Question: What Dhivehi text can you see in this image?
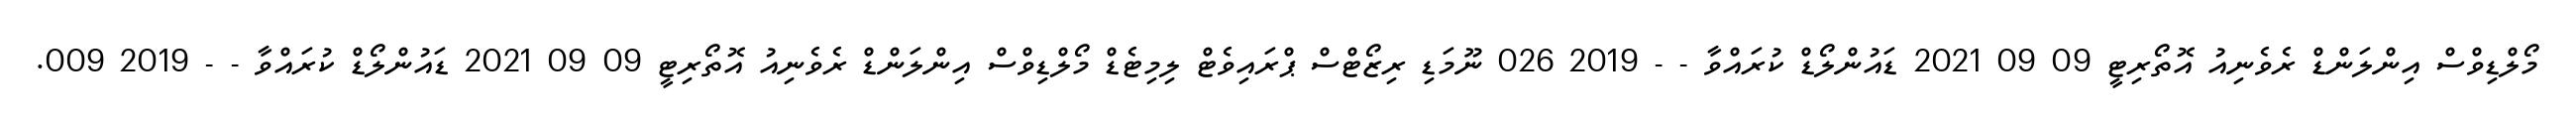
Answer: މޯލްޑިވްސް އިންލަންޑް ރެވެނިއު އޮތޯރިޓީ 09 09 2021 ޑައުންލޯޑް ކުރައްވާ - - 2019 026 ނޫމަޑި ރިޒޯޓްސް ޕްރައިވެޓް ލިމިޓެޑް މޯލްޑިވްސް އިންލަންޑް ރެވެނިއު އޮތޯރިޓީ 09 09 2021 ޑައުންލޯޑް ކުރައްވާ - - 2019 009.